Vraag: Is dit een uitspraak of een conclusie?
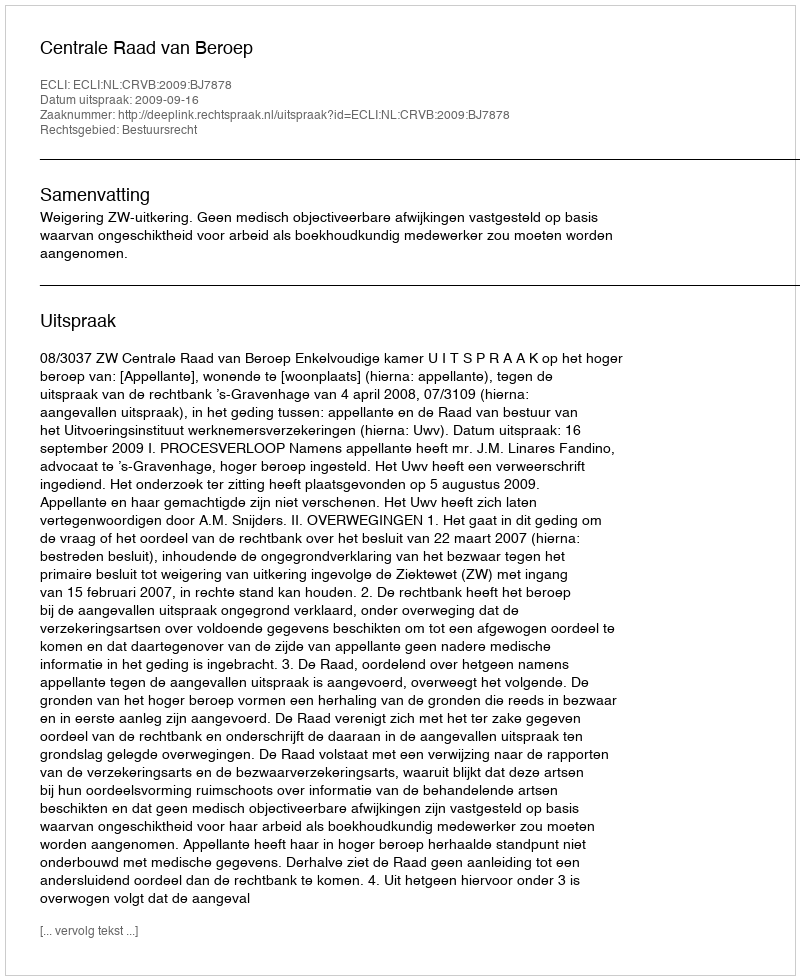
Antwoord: Uitspraak